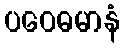
ပဝေဓမာနံ